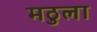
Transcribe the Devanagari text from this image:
मठुला